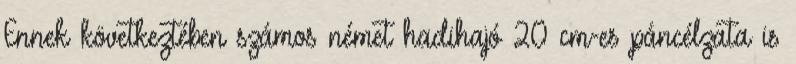
Ennek következtében számos német hadihajó 20 cm-es páncélzata is